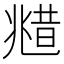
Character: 𠒮